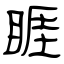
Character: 睚